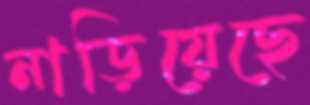
নাড়িয়েছে